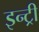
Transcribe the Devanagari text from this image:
इन्ट्री